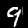
Digit: 9